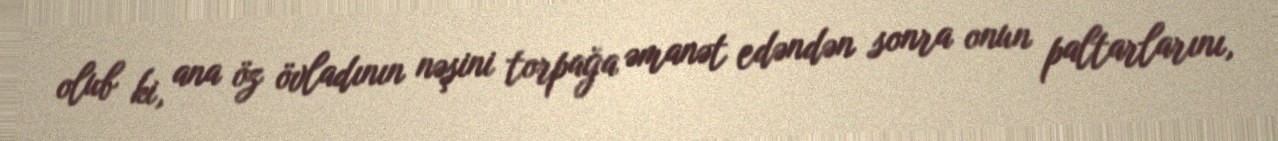
olub ki, ana öz övladının nəşini torpağa əmanət edəndən sonra onun paltarlarını,